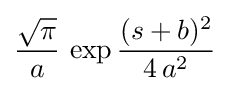
{\frac {\sqrt {\pi }}{a}}\,\exp {\frac {(s+b)^{2}}{4\,a^{2}}}